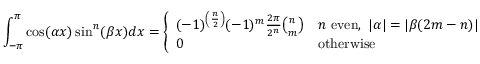
\int _ { - \pi } ^ { \pi } \cos ( \alpha x ) \sin ^ { n } ( \beta x ) d x = { \left\{ \begin{array} { l l } { ( - 1 ) ^ { \left( { \frac { n } { 2 } } \right) } ( - 1 ) ^ { m } { \frac { 2 \pi } { 2 ^ { n } } } { \binom { n } { m } } } & { n { \mathrm { ~ e v e n } } , \ | \alpha | = | \beta ( 2 m - n ) | } \\ { 0 } & { { \mathrm { o t h e r w i s e } } } \end{array} \right. }